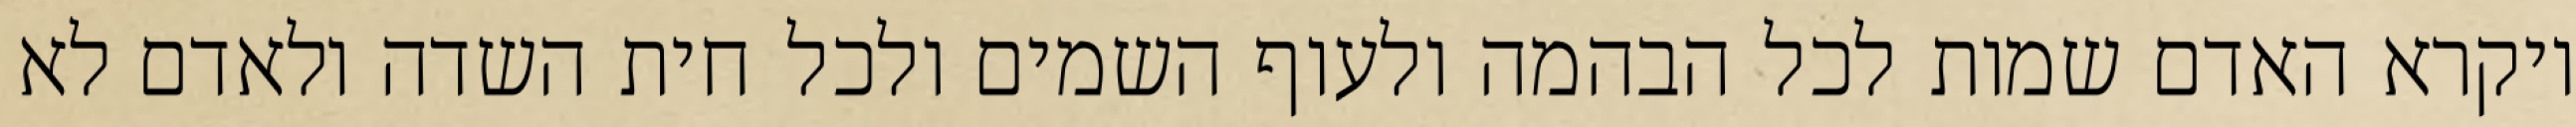
ויקרא האדם שמות לכל הבהמה ולעוף השמים ולכל חית השדה ולאדם לא